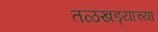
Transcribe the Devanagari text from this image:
तळखड्याच्या